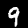
Label: 9